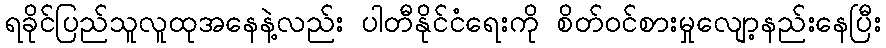
ရခိုင်ပြည်သူလူထုအနေနဲ့လည်း ပါတီနိုင်ငံရေးကို စိတ်ဝင်စားမှုလျော့နည်းနေပြီး